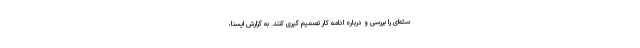
سته‌ای را بررسی و درباره ادامه کار تصمیم گیری کنند. به گزارش ایسنا،